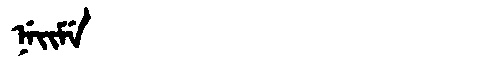
Manchu: ᠨᡝᡳᠮᡝ
Romanization: NEIME